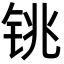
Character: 铫